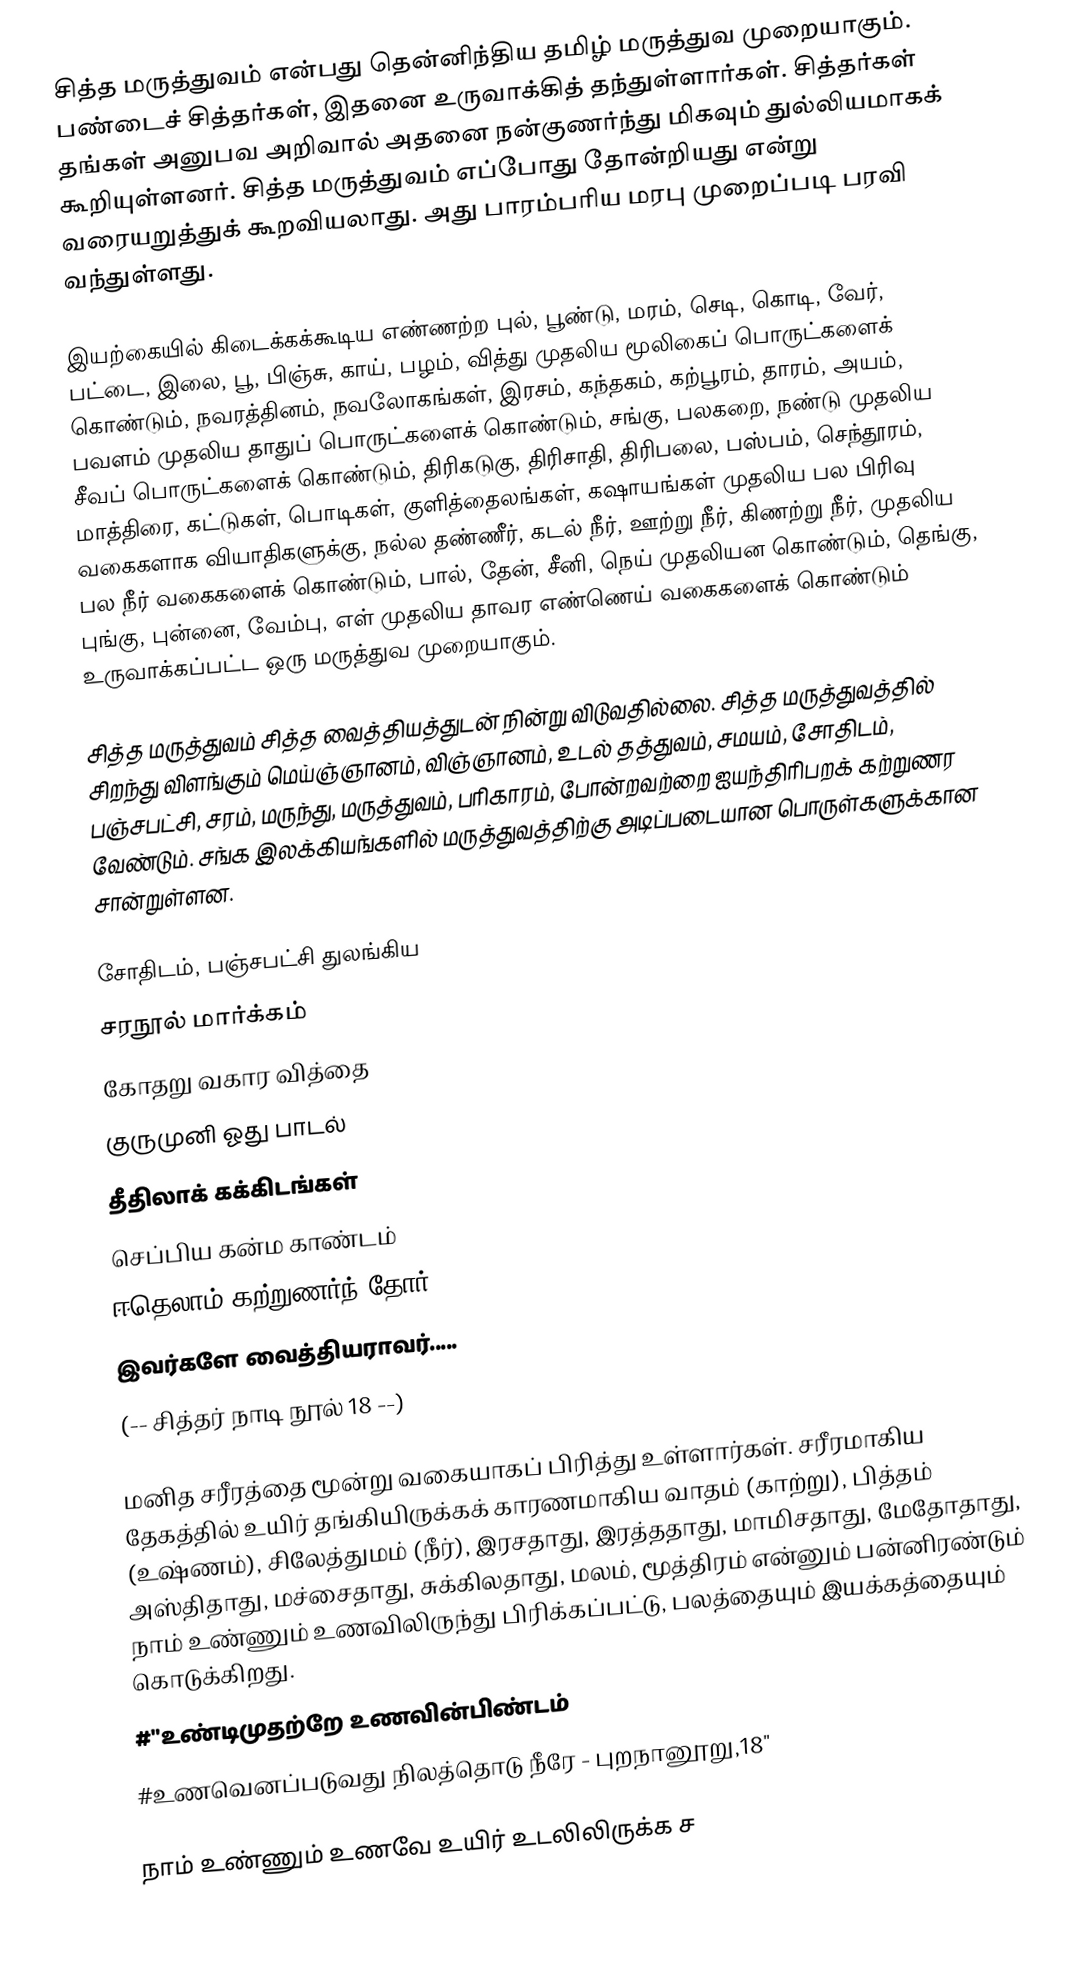
சித்த மருத்துவம் என்பது தென்னிந்திய தமிழ் மருத்துவ முறையாகும். பண்டைச் சித்தர்கள், இதனை உருவாக்கித் தந்துள்ளார்கள். சித்தர்கள் தங்கள் அனுபவ அறிவால் அதனை நன்குணர்ந்து மிகவும் துல்லியமாகக் கூறியுள்ளனர். சித்த மருத்துவம் எப்போது தோன்றியது என்று வரையறுத்துக் கூறவியலாது. அது பாரம்பரிய மரபு முறைப்படி பரவி வந்துள்ளது.

இயற்கையில் கிடைக்கக்கூடிய எண்ணற்ற புல், பூண்டு, மரம், செடி, கொடி, வேர், பட்டை, இலை, பூ, பிஞ்சு, காய், பழம், வித்து முதலிய மூலிகைப் பொருட்களைக் கொண்டும், நவரத்தினம், நவலோகங்கள், இரசம், கந்தகம், கற்பூரம், தாரம், அயம், பவளம் முதலிய தாதுப் பொருட்களைக் கொண்டும், சங்கு, பலகறை, நண்டு முதலிய சீவப் பொருட்களைக் கொண்டும், திரிகடுகு, திரிசாதி, திரிபலை, பஸ்பம், செந்தூரம், மாத்திரை, கட்டுகள், பொடிகள், குளித்தைலங்கள், கஷாயங்கள் முதலிய பல பிரிவு வகைகளாக வியாதிகளுக்கு, நல்ல தண்ணீர், கடல் நீர், ஊற்று நீர், கிணற்று நீர், முதலிய பல நீர் வகைகளைக் கொண்டும், பால், தேன், சீனி, நெய் முதலியன கொண்டும், தெங்கு, புங்கு, புன்னை, வேம்பு, எள் முதலிய தாவர எண்ணெய் வகைகளைக் கொண்டும் உருவாக்கப்பட்ட ஒரு மருத்துவ முறையாகும்.

சித்த மருத்துவம் சித்த வைத்தியத்துடன் நின்று விடுவதில்லை. சித்த மருத்துவத்தில் சிறந்து விளங்கும் மெய்ஞ்ஞானம், விஞ்ஞானம், உடல் தத்துவம், சமயம், சோதிடம், பஞ்சபட்சி, சரம், மருந்து, மருத்துவம், பரிகாரம், போன்றவற்றை ஐயந்திரிபறக் கற்றுணர வேண்டும்.  சங்க இலக்கியங்களில் மருத்துவத்திற்கு அடிப்படையான பொருள்களுக்கான சான்றுள்ளன.

சோதிடம், பஞ்சபட்சி துலங்கிய
சரநூல் மார்க்கம்
கோதறு வகார வித்தை
குருமுனி ஓது பாடல்
தீதிலாக் கக்கிடங்கள்
செப்பிய கன்ம காண்டம்
ஈதெலாம் கற்றுணர்ந் தோர்
இவர்களே வைத்தியராவர்.....
(-- சித்தர் நாடி நூல் 18 --)

மனித சரீரத்தை மூன்று வகையாகப் பிரித்து உள்ளார்கள். சரீரமாகிய தேகத்தில் உயிர் தங்கியிருக்கக் காரணமாகிய வாதம் (காற்று), பித்தம் (உஷ்ணம்), சிலேத்துமம் (நீர்), இரசதாது, இரத்ததாது, மாமிசதாது, மேதோதாது, அஸ்திதாது, மச்சைதாது, சுக்கிலதாது, மலம், மூத்திரம் என்னும் பன்னிரண்டும் நாம் உண்ணும் உணவிலிருந்து பிரிக்கப்பட்டு, பலத்தையும் இயக்கத்தையும் கொடுக்கிறது.
 #"உண்டிமுதற்றே உணவின்பிண்டம்
 #உணவெனப்படுவது நிலத்தொடு நீரே - புறநானூறு,18"

நாம் உண்ணும் உணவே உயிர் உடலிலிருக்க ச